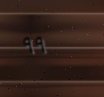
٩٩